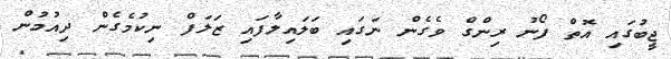
ޖީބުގައި އޮތް ފޯނު ރިންގް ވެގެން ނަގައި ބަލައިލާފައި ޒަލަފް ނިކުމެގެން ދިއުމުން